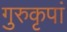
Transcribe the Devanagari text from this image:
गुरुकृपां